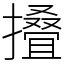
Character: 𢶣